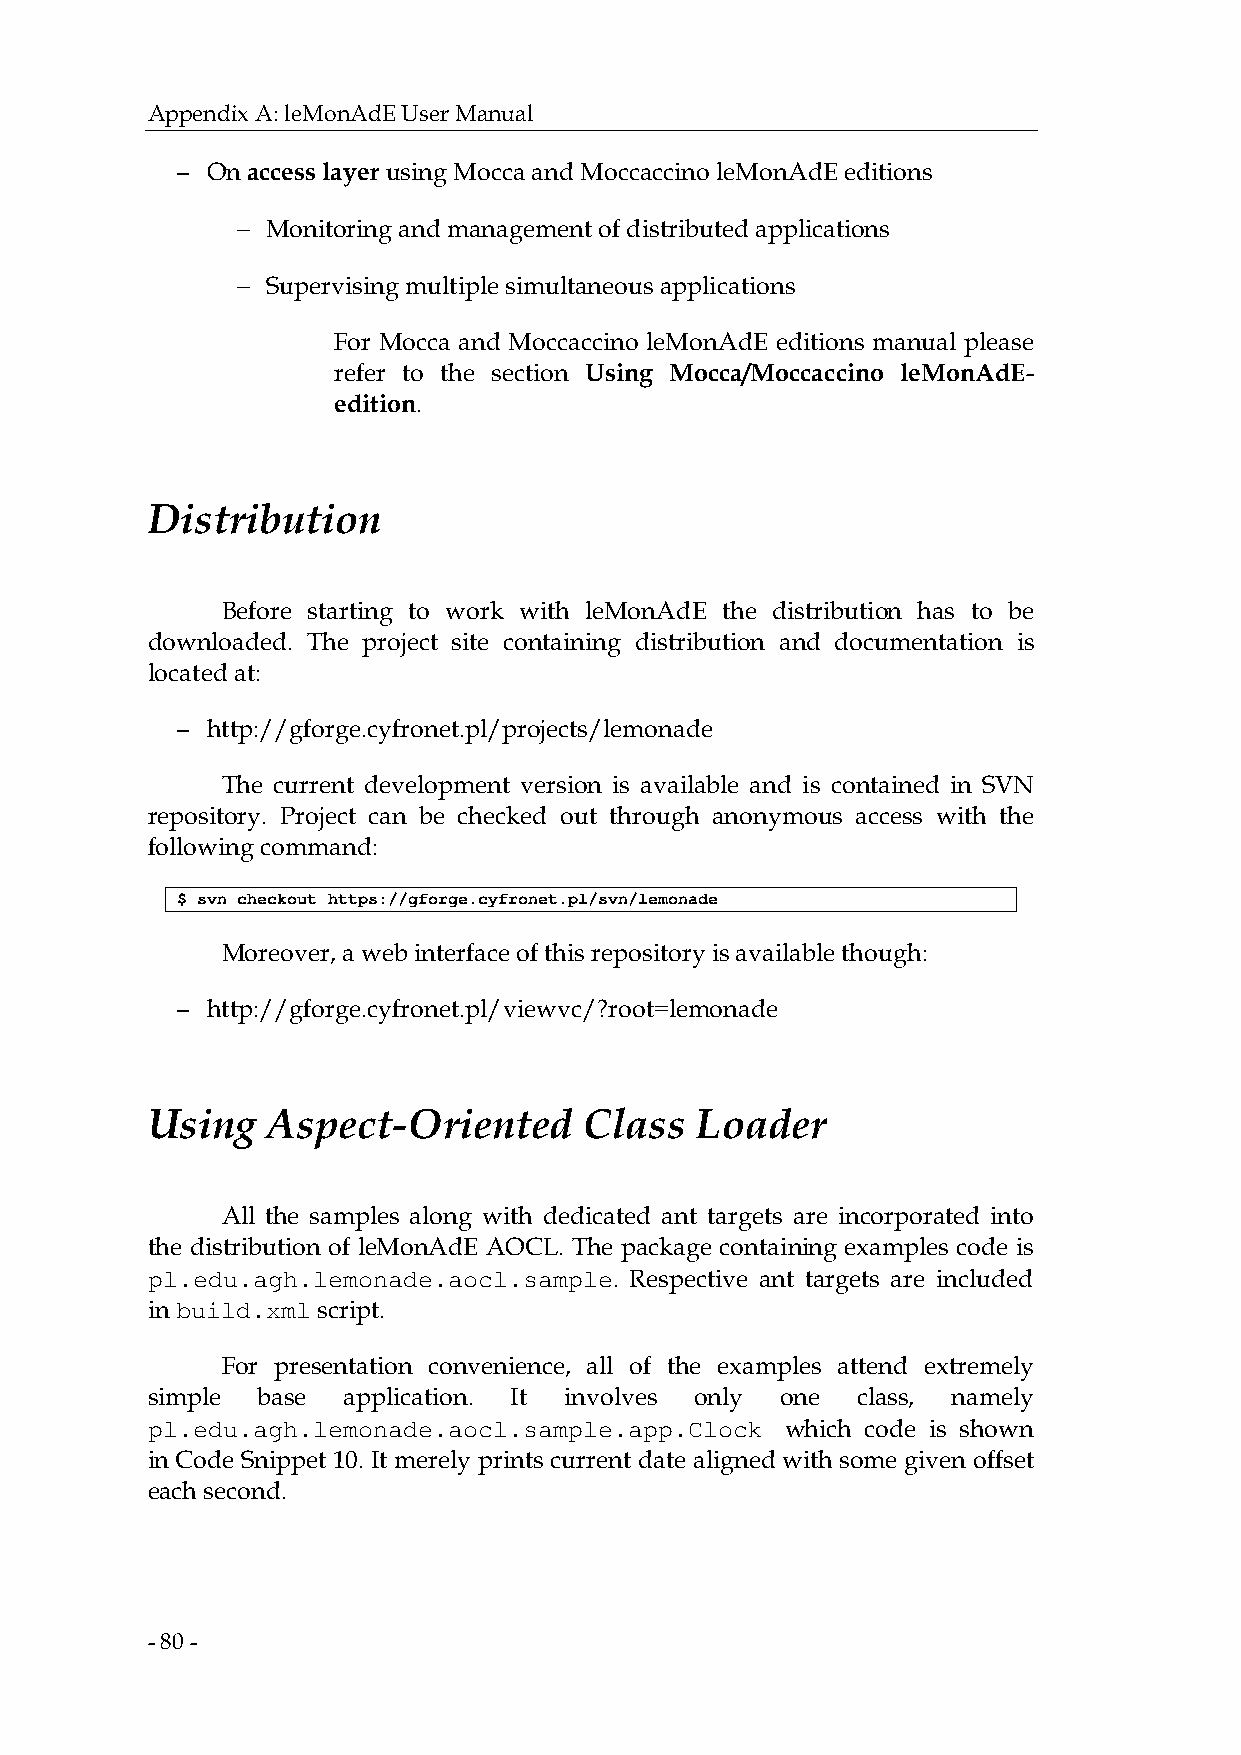
Appendix A: leMonAdE User Manual
 − On access layer using Mocca and Moccaccino leMonAdE editions
 −
 Monitoring and management of distributed applications
 −
 Supervising multiple simultaneous applications
 For Mocca and Moccaccino leMonAdE editions manual please
 refer to the section Using Mocca/Moccaccino leMonAdE-
 edition.
 Distribution
 Before starting to work with leMonAdE the distribution has to be
 downloaded. The project site containing distribution and documentation is
 located at:
 − http://gforge.cyfronet.pl/projects/lemonade
 The current development version is available and is contained in SVN
 repository. Project can be checked out through anonymous access with the
 following command:
 $ svn checkout https://gforge.cyfronet.pl/svn/lemonade
 Moreover, a web interface of this repository is available though:
 − http://gforge.cyfronet.pl/viewvc/?root=lemonade
 Using   Aspect-Oriented      Class  Loader
 All the samples along with dedicated ant targets are incorporated into
 the distribution of leMonAdE AOCL. The package containing examples code is
 pl.edu.agh.lemonade.aocl.sample. Respective ant targets are included
 in build.xml script.
 For presentation convenience, all of the examples attend extremely
 simple base  application. It involves only one class, namely
 pl.edu.agh.lemonade.aocl.sample.app.Clock which code is shown
 in Code Snippet 10. It merely prints current date aligned with some given offset
 each second.
 - 80 -